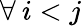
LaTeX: \forall\: i<j